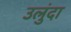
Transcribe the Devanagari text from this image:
उलुंदा